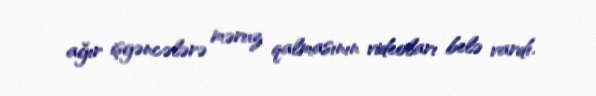
ağır işgəncələrə məruz qalmasının videoları belə vardı.